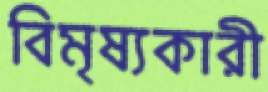
বিমৃষ্যকারী